Annual administration and progress report of the Indian Medical Department, Bombay
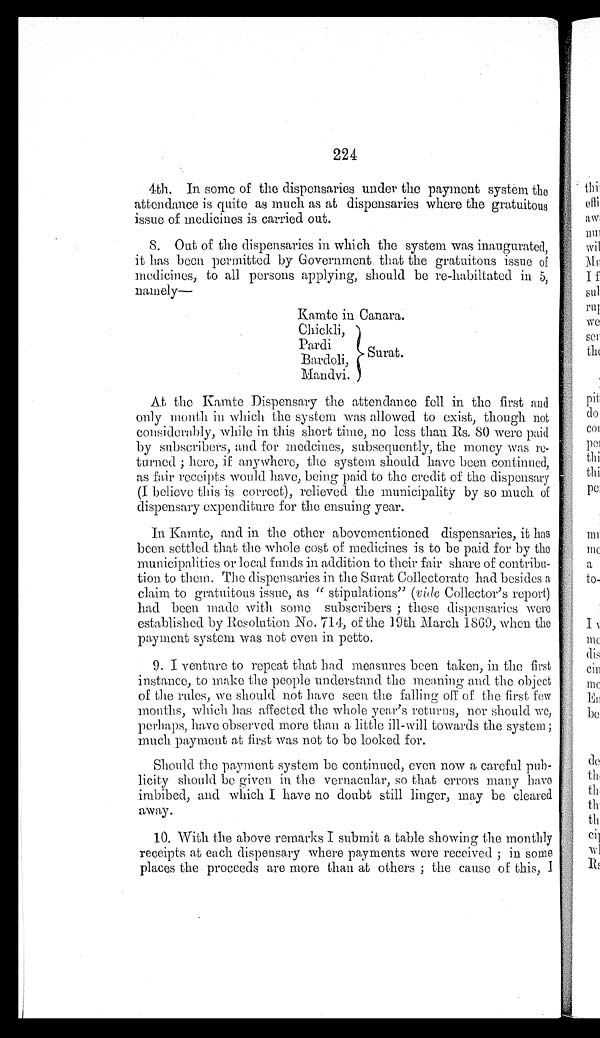
224
4th. In some of the dispensaries under the payment system the
attendance is quite as much as at dispensaries where the gratuitous
issue of medicines is carried out.
8. Out of the dispensaries in which the system was inaugurated,
it has been permitted by Government that the gratuitous issue of
medicines, to all persons applying, should be re-habiltated in 5,
n a m e l y —
Kamte in Canara.
Chickli,
P a r d i
Bar doli,
Mandvi.
At the Kamte Dispensary the attendance fell in the first and
only month in which the system was allowed to exist, though not
considerably, while in this short time, no less than Rs. 80 were paid
by subscribers, and for medcines, subsequently, the money was re
-
turned; here, if anywhere, the system should have been continued,
as fair receipts would have, being paid to the credit of the dispensary
(I believe this is correct), relieved the municipality by so much of
dispensary expenditure for the ensuing year.
In Kamte, and in the other abovementioned dispensaries, it has
been settled that the whole cost of medicines is to be paid for by the
municipalities or local funds in addition to their fair share of contribu
-
tion to them. The dispensaries in the Surat Collectorate had besides a
claim to gratuitous issue, as "stipulations" ( vide Collector's report)
had been made with some subscribers; these dispensaries were
established by Resolution No. 714, of the 19th March 1869, when the
payment system was not even in petto.
9. I venture to repeat that had measures been taken, in the first
instance, to make the people understand the meaning and the object
of the rules, we should not have seen the falling off of the first few
months, which has affected the whole year's returns, nor should we,
perhaps, have observed more than a little ill-will towards the system;
much payment at first was not to be looked for.
Should the payment system be continued, even now a careful pub
-
licity should be given in the vernacular, so that errors many have
imbibed, and which I have no doubt still linger, may be cleared
away.
10. With the above remarks I submit a table showing the monthly
receipts at each dispensary where payments were received; in some
places the proceeds are more than at others; the cause of this, I
Surat.